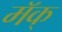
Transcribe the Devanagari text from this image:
मॅक्